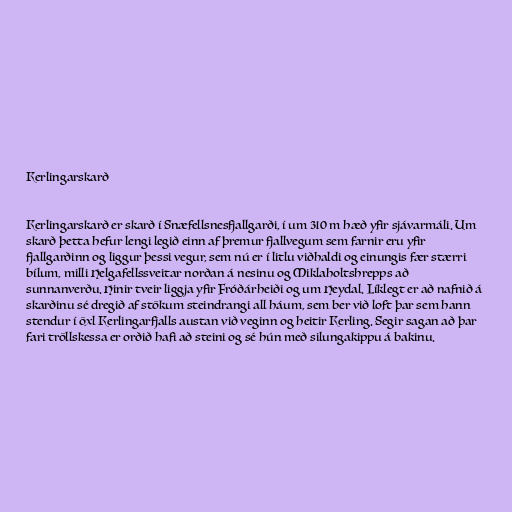
Kerlingarskarð

Kerlingarskarð er skarð í Snæfellsnesfjallgarði, í um 310 m hæð yfir sjávarmáli. Um
skarð þetta hefur lengi legið einn af þremur fjallvegum sem farnir eru yfir
fjallgarðinn og liggur þessi vegur, sem nú er í litlu viðhaldi og einungis fær stærri
bílum, milli Helgafellssveitar norðan á nesinu og Miklaholtshrepps að
sunnanverðu. Hinir tveir liggja yfir Fróðárheiði og um Heydal. Líklegt er að nafnið á
skarðinu sé dregið af stökum steindrangi all háum, sem ber við loft þar sem hann
stendur í öxl Kerlingarfjalls austan við veginn og heitir Kerling. Segir sagan að þar
fari tröllskessa er orðið hafi að steini og sé hún með silungakippu á bakinu.